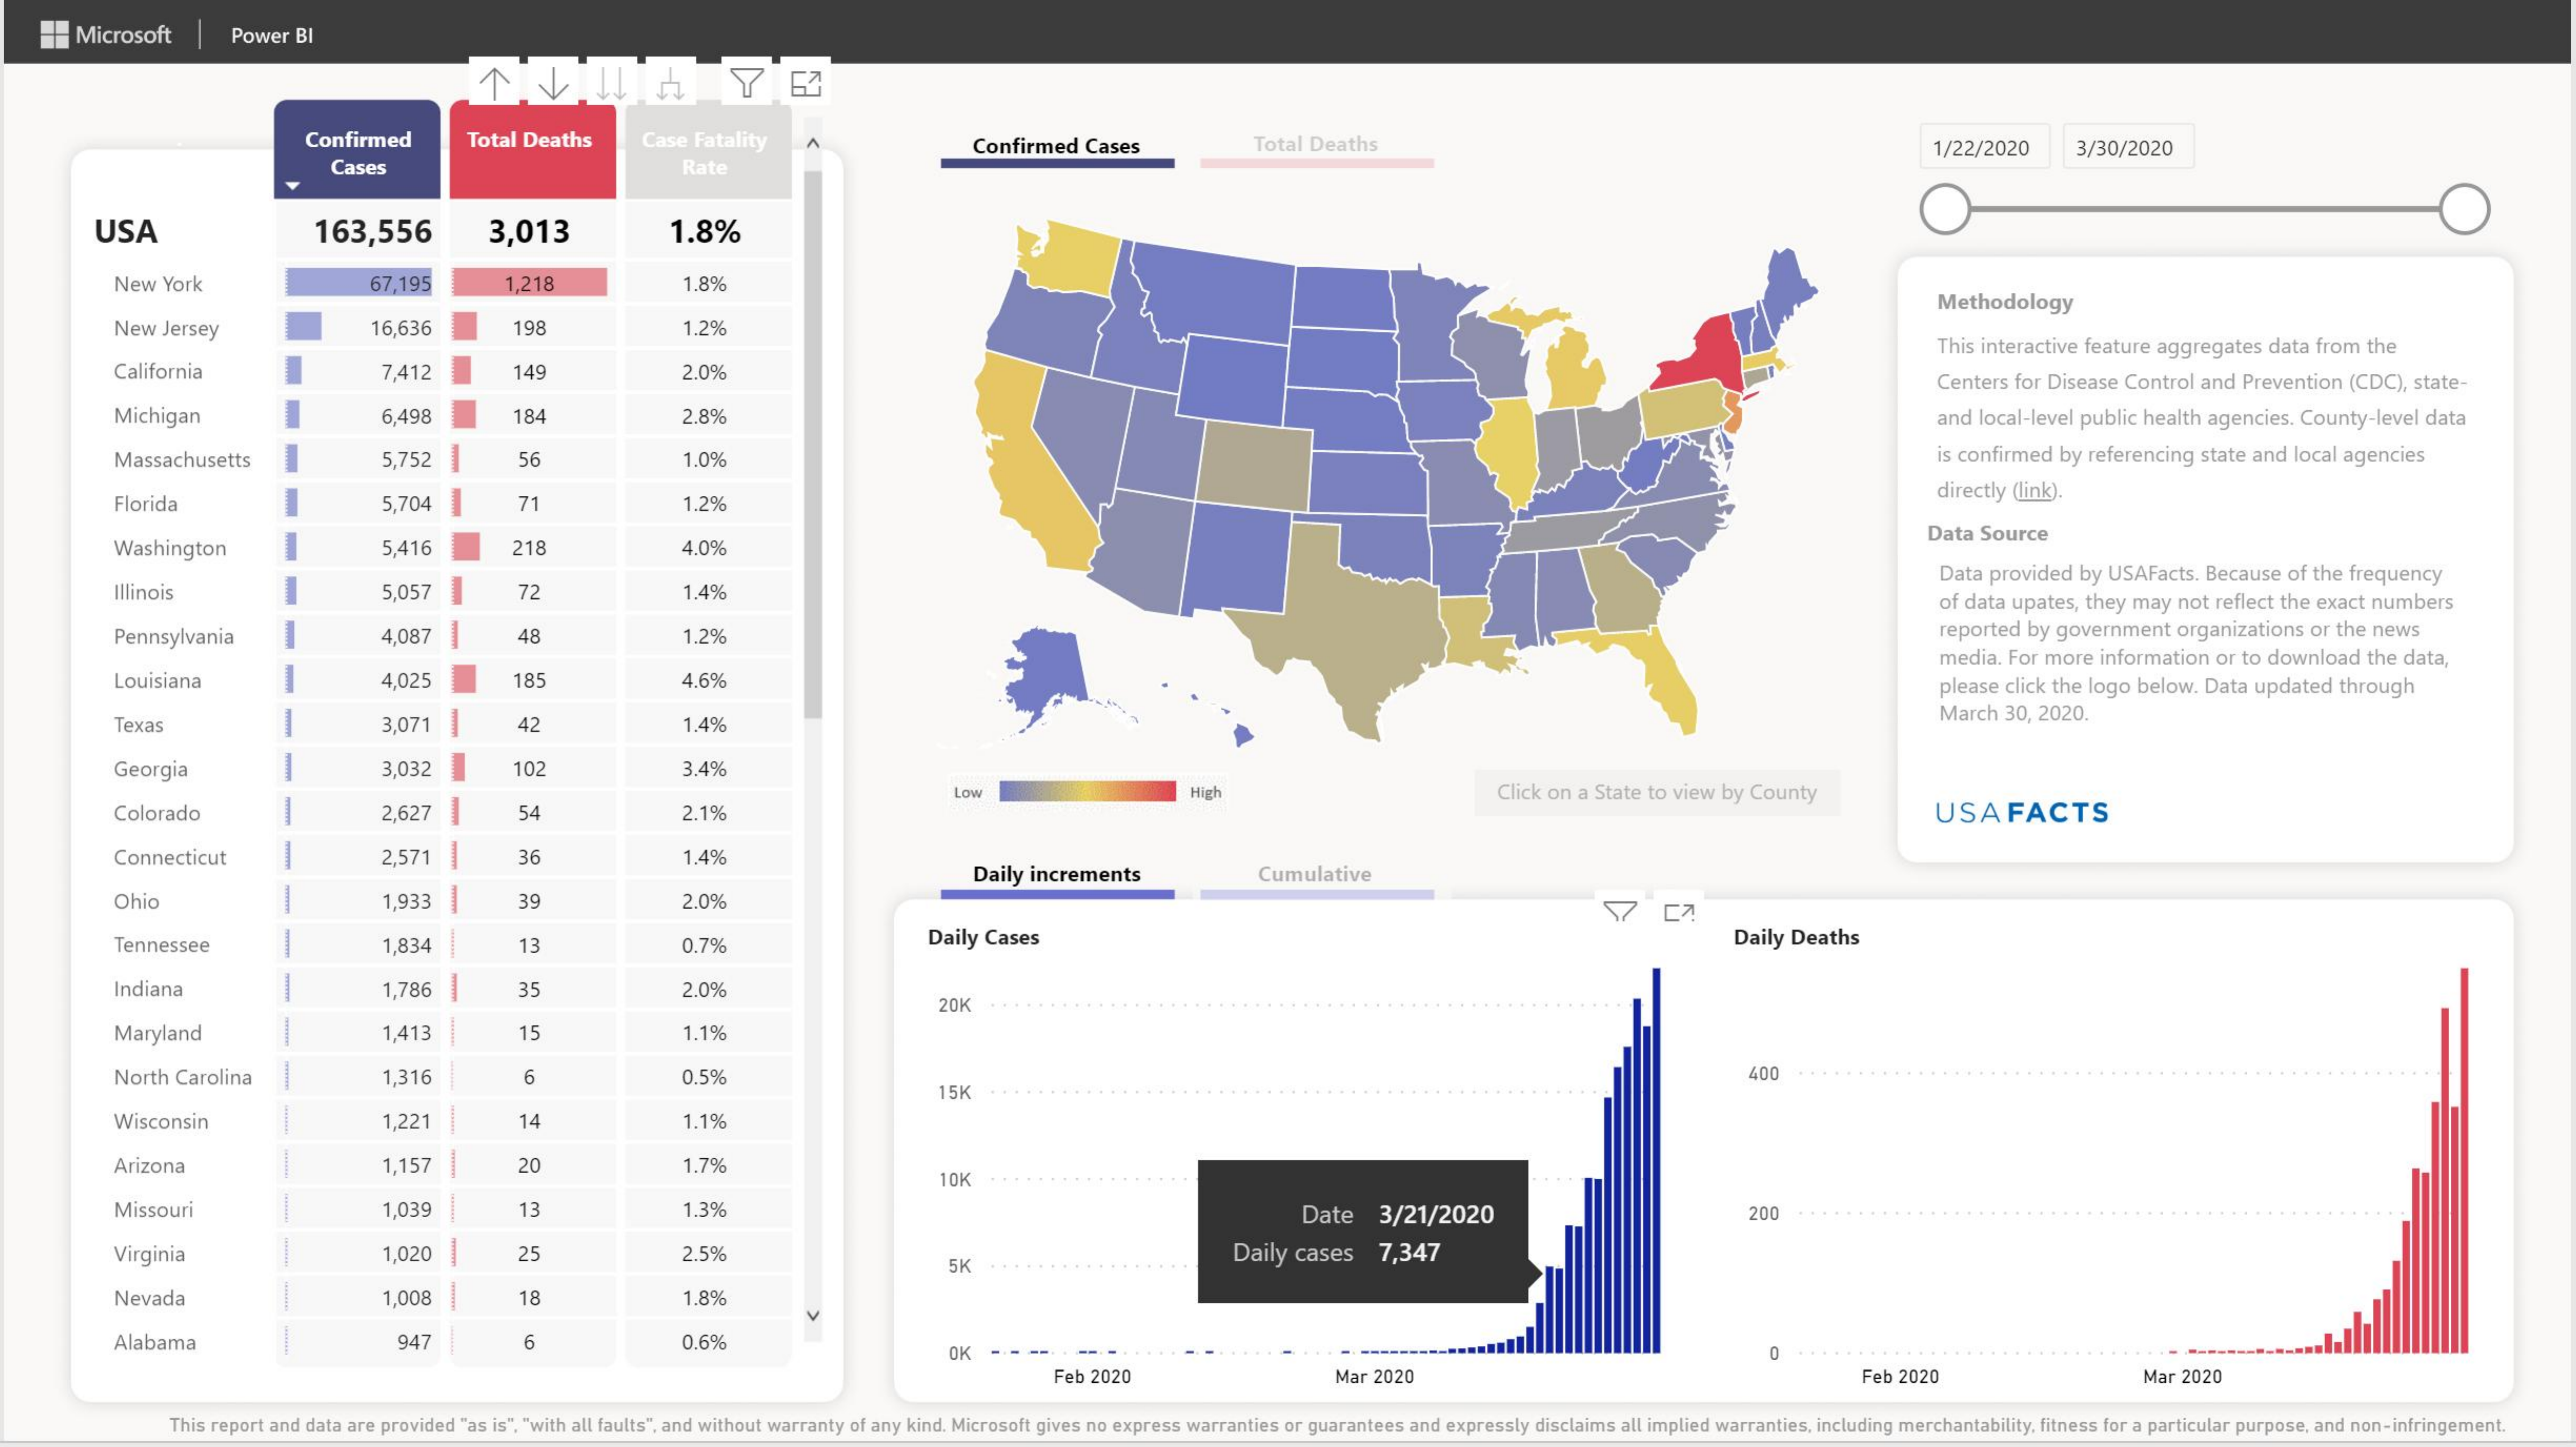
Microsoft    Power BI
     Confirmed    Total Deaths    Case Fatality    Confirmed  Cases    Total Deaths
     Cases
     1/22/2020    3/30/2020
     Rate
     USA    163,556    3,013    1.8%
     New  York    67,195    1,218    1.8%
     Methodology
     New  Jersey    16,636    198    1.2%
     This interactive feature aggregates data from the
     California    7,412    149    2.0%
     Centers for Disease Control and Prevention (CDC), state-
     Michigan    6,498    184    2.8%    and local-level public health agencies. County-level data
     Massachusetts    5,752    56    1.0%    is confirmed by referencing state and local agencies
     -
     Florida    5,704    71    1.2%
     directly (link).
     Washington    5,416
     Data Source
     218    4.0%
     Illinois    5,057    1,4%
     Data provided by USAFacts. Because of the frequency
     72    of data upates, they may not reflect the exact numbers
     Pennsylvania    4,087    48    1.2%    reported by government  organizations or the news
     Louisiana    4,025
     media. For more information or to download  the data,
     185    4.6%    please click the logo below. Data updated through
     Texas    3,071    42    1.4%
     March  30, 2020.
     Georgia    3,032    102    3.4%
     LOW    High
     Colorado    2,627    54    2.1%
     Click on a State to view by County
     USAFACTS
     Connecticut    2,571    36    1.4%
     Daily increments    Cumulative
     Ohio    1,933    39    2.0%    SZ   CZ
     Tennessee    1,834    13    0.7%    Daily Cases    Daily Deaths
     -
     Indiana    1,786    35    2.0%
     20K
     Maryland    1,413    15    1.1%
     North Carolina    1,316    6    0.5%
     15K
     400
     Wisconsin    1,221    14    1.1%
     Arizona    1,157    20    1.7%
     10K
     Missouri    1,039    13    1.3%    Date   3/21/2020    200
     Virginia    1,020    25    2.5%
     5K    Daily cases   7,347
     -
     Nevada    1,008    18    1.8%
     Alabama    947    6    0.6%
     OK    0
     Feb 2020    Mar 2020    Feb 2020    Mar 2020
     This report and data are provided "as is", "with all faults", and without warranty of any kind. Microsoft gives no express warranties or guarantees and expressly disclaims all implied warranties, including merchantability, fitness for a particular purpose, and non-infringement.